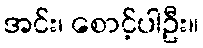
အင်း၊ စောင့်ပါဦး။